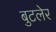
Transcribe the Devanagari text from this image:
बुटलेर